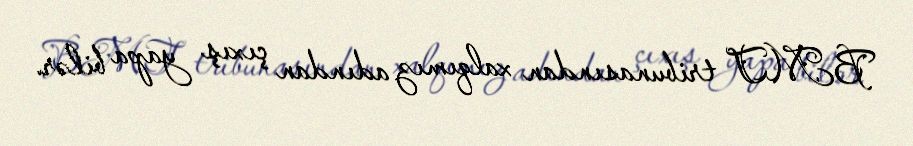
BMT tribunasından xalqımız adından çıxış yapa bilər.